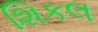
શિકલ